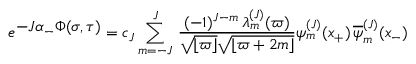
e ^ { \textstyle - J \alpha _ { - } \Phi ( \sigma , \tau ) } = c _ { J } \sum _ { m = - J } ^ { J } \, { \frac { ( - 1 ) ^ { J - m } \, \lambda _ { m } ^ { ( J ) } ( \varpi ) } { \sqrt { \lfloor \varpi \rfloor } \sqrt { \lfloor \varpi + 2 m \rfloor } } } \psi _ { m } ^ { ( J ) } ( x _ { + } ) \, { \overline { { \psi } } _ { m } ^ { ( J ) } } ( x _ { - } )